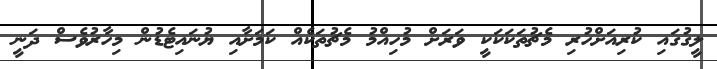
ލީގުގައި ކުރިއަށްހުރި މެޗުތަކަކަކީ ވަރަށް މުހިއްމު މެޗުތަކެއް ކަމަށާއި ޔުނައިޓެޑުން މިހާރުވެސް ދަނީ